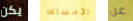
يكن الأمساك عن